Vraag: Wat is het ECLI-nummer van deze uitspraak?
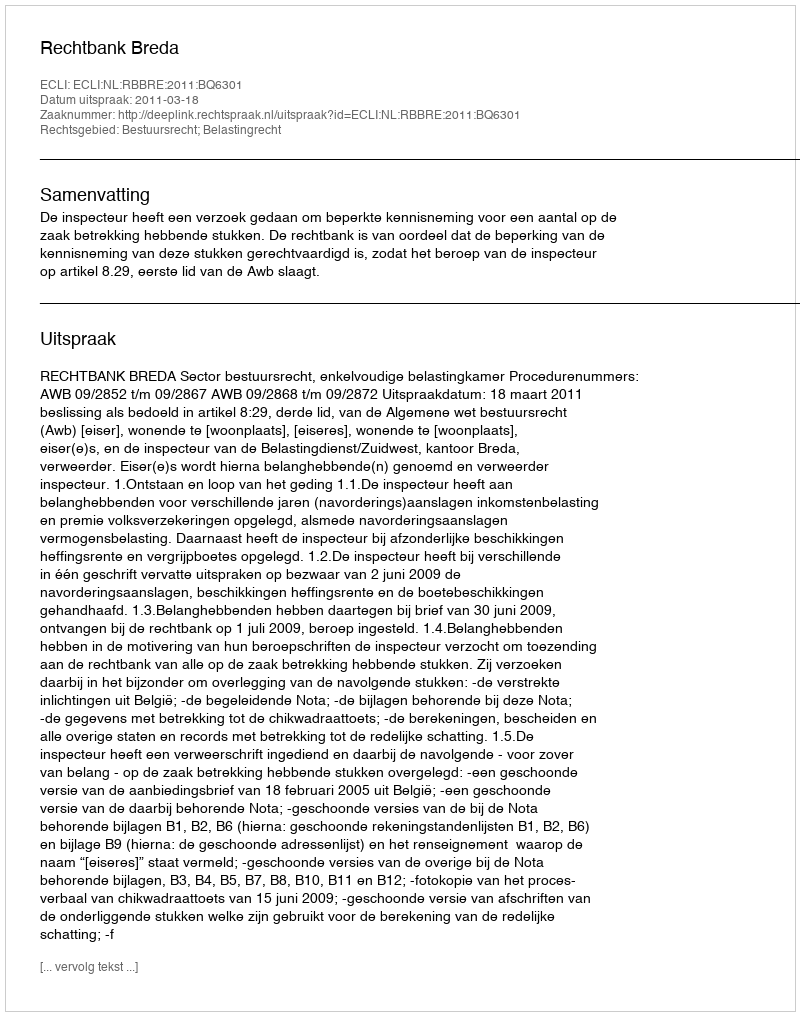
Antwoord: ECLI:NL:RBBRE:2011:BQ6301